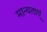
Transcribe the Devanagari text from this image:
मान्‍यताएं